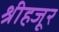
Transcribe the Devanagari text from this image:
श्रीहजूर